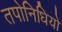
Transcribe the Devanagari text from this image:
तपोनिधियों